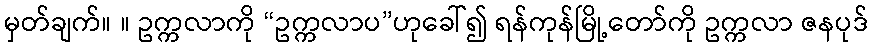
မှတ်ချက်။ ။ ဥက္ကလာကို “ဥက္ကလာပ”ဟုခေါ်၍ ရန်ကုန်မြို့တော်ကို ဥက္ကလာ ဇနပုဒ်